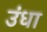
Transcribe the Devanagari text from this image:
उंधा